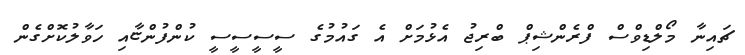
ޗައިނާ މޯލްޑިވްސް ފްރެންޝިޕް ބްރިޖު އެޅުމަށް އެ ގައުމުގެ ސީސީސީސީ ކުންފުންޏާއި ހަވާލުކޮށްގެން